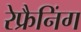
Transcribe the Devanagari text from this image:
रेफ्रैनिंग